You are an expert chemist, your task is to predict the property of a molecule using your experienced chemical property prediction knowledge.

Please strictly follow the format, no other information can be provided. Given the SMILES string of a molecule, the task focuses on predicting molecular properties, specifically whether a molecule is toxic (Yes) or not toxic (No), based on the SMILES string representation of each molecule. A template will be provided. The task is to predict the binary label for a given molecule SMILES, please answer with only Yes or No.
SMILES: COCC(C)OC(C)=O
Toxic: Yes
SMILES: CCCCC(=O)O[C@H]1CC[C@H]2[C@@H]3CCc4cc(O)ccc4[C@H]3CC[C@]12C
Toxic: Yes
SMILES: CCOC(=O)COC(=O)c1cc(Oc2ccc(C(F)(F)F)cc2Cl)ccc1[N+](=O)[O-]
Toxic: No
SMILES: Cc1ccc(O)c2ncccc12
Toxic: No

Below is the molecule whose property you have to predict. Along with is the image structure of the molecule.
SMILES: CN1CCC(O)(c2ccc(F)cc2)C(C(=O)c2ccc(F)cc2)C1
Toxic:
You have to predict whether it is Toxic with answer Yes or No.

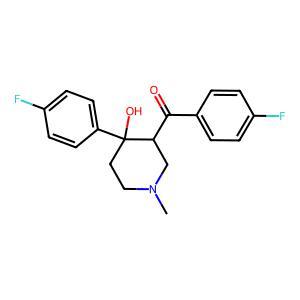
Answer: No